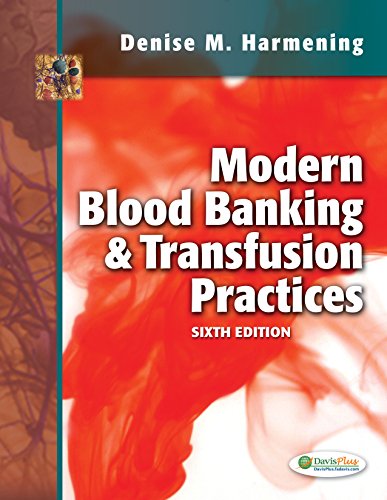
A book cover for Modern Blood Banking & Transfusion Practices; Denise M. Harmening PhD  MLS(ASCP)  CLS(NCA); Medical Books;